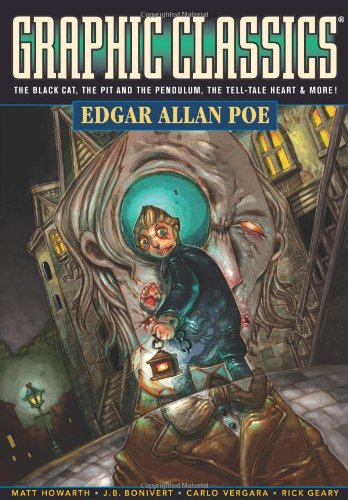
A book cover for Graphic Classics: Edgar Allan Poe (4th Edition) (Graphic Classics - Eureka Productions); Edgar Allan Poe; Comics & Graphic Novels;